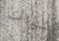
شباب